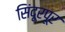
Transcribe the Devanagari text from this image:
सिंदूरपूर